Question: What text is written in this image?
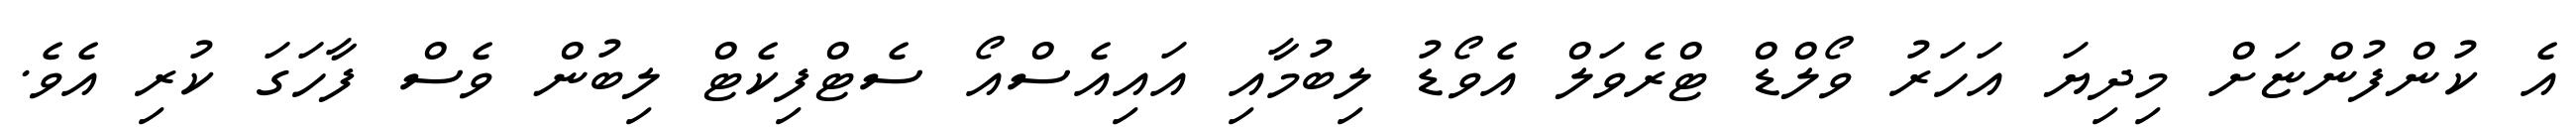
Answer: އެ ކުންފުންޏަށް މިދިޔަ އަހަރު ވޯލްޑް ޓްރެވަލް އެވޯޑު ލިބުމާއި އައިއެސްއޯ ސެޓްފިކެޓް ލިބުން ވެސް ފާހަގަ ކުރި އެވެ.